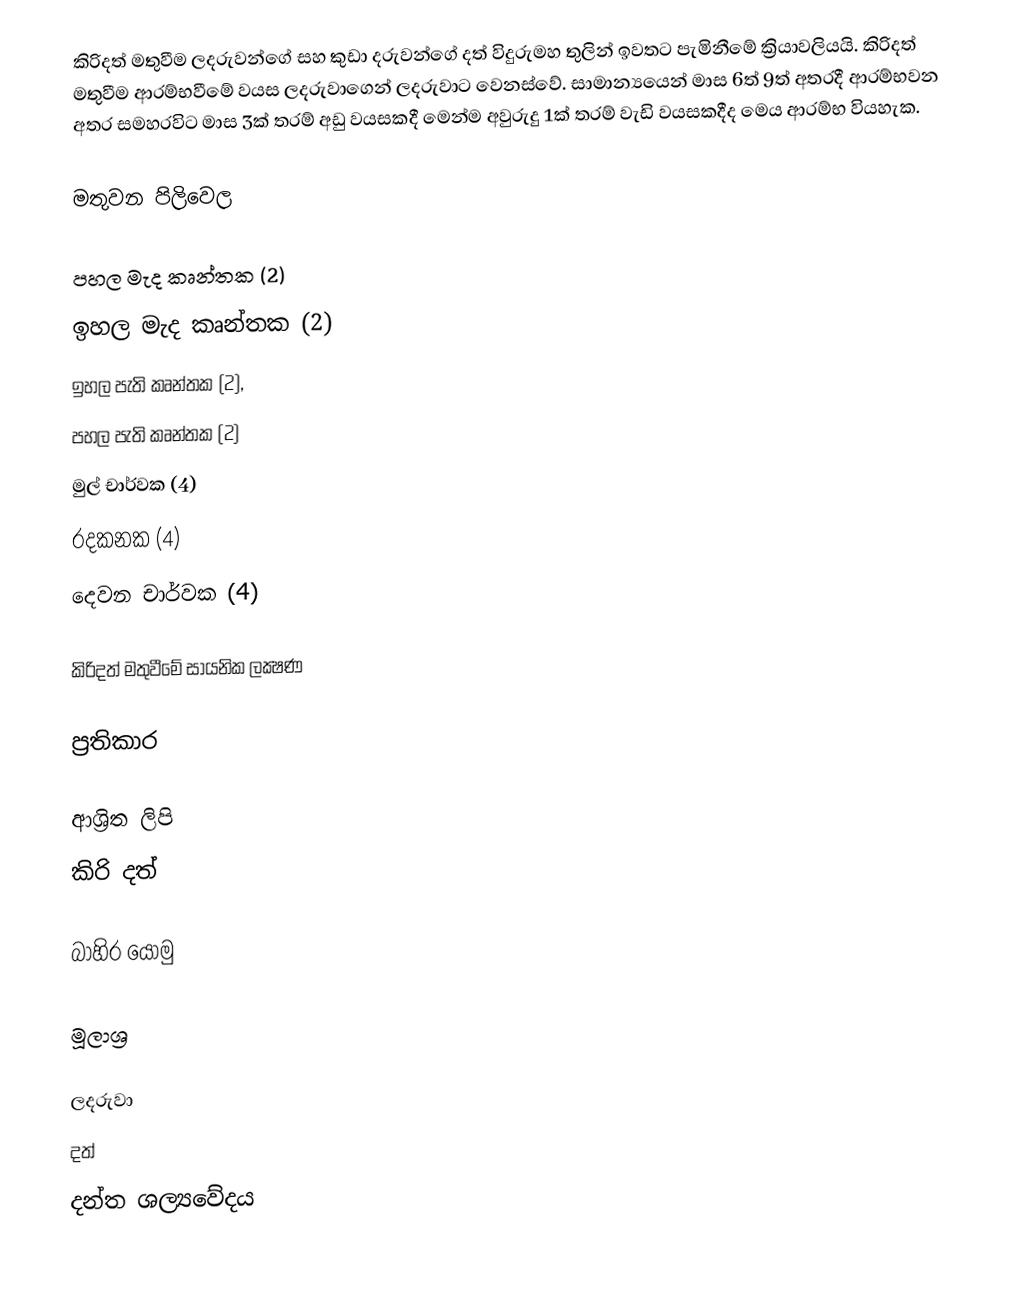
කිරිදත් මතුවීම  ලදරුවන්ගේ සහ කුඩා දරුවන්ගේ දත් විදුරුමහ තුලින් ඉවතට පැමිනීමේ ක්‍රියාවලියයි. කිරිදත් මතුවීම ආරම්භවීමේ වයස ලදරුවාගෙන් ලදරුවාට වෙනස්වේ. සාමාන්‍යයෙන් මාස 6ත් 9ත් අතරදී ආරම්භවන අතර සමහරවිට මාස 3ක් තරම් අඩු වයසකදී මෙන්ම අවුරුදු 1ක් තරම් වැඩි වයසකදීද මෙය ආරම්භ වියහැක.

මතුවන පිලිවෙල

 පහල මැද කෘන්තක (2)
 ඉහල මැද කෘන්තක (2)
 ඉහල පැති කෘන්තක (2),
 පහල පැති කෘන්තක (2)
 මුල් චාර්වක (4)
 රදකනක (4)
 දෙවන චාර්වක (4)

කිරිදත් මතුවීමේ සායනික ලක්‍ෂණ

ප්‍රතිකාර

ආශ්‍රිත ලිපි
 කිරි දත්

බාහිර යොමු

මූලාශ්‍ර

ලදරුවා
දත්
දන්ත ශල්‍යවේදය